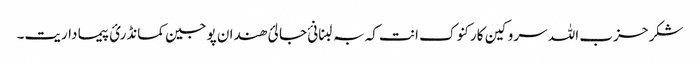
شکر حزب اللہ سروکین کارکنوک انت کہ بہ لبنانئ جالئ ھندان پوجین کمانڈرئ پیما داریت۔